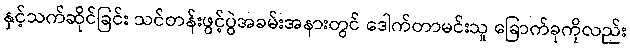
နှင့်သက်ဆိုင်ခြင်း သင်တန်းဖွင့်ပွဲအခမ်းအနားတွင် ဒေါက်တာမင်းသူ ခြောက်ခုကိုလည်း